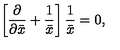
\left[ { \frac { \partial } { \partial \bar { x } } } + { \frac { 1 } { \bar { x } } } \right] { \frac { 1 } { \bar { x } } } = 0 ,